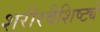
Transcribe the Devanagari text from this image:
शरीरवैशिष्ट्ये